system: You are a helpful assistant.
user:
Analyze the provided spectrum to determine if it is a **White Dwarf (WD)**.

A White Dwarf spectrum is defined by its **extreme purity** (due to gravitational settling) and/or **extreme pressure broadening** (due to high surface gravity). You must check for one of the following mutually exclusive signatures:

- **Key Visual Indicators (Check for ONE of these types):**

    - **1. DA-Type Signature (Most Common):**
        - **(Primary Feature):** Extreme pressure broadening (Stark broadening) of the **Hydrogen (H) Balmer lines**.
        - **(Key Lines):** $H\beta$ (approx. $4861$ Å) and $H\gamma$ (approx. $4340$ Å). $H\alpha$ (approx. $6563$ Å) will also be present if the wavelength range covers it.
        - **(Line Profile):** This is the **defining feature**. The lines are **NOT** sharp. They appear as massive, **extremely broad and deep "troughs" or "dips"** in the spectrum, often hundreds of Ångströms wide. The continuum will appear to "scoop" down at these wavelengths.
        - **(Distinction):** Normal A-type or B-type stars have *narrow* and *sharp* Hydrogen lines. A DA White Dwarf's lines are unmistakably "smeared" or "blurry" from pressure.

    - **2. DB-Type Signature:**
        - **(Primary Feature):** Broad absorption lines from **Neutral Helium (He I)**. The spectrum must lack any visible Hydrogen lines.
        - **(Key Lines):** Look for broad absorption near $4471$ Å, $4921$ Å, and $5876$ Å.
        - **(Line Profile):** These lines are also significantly pressure-broadened, appearing much wider than they would in a normal B-type main-sequence star.

    - **3. DC-Type Signature:**
        - **(Primary Feature):** A **featureless continuous spectrum**.
        - **(Line Profile):** The spectrum is a smooth curve with **no significant absorption or emission lines**.
        - **(Key Confirmation):** The continuum is almost always **blue or white**, indicating a hot object. This signature implies the atmosphere is so pure (or so cool) that no spectral lines are visible in the optical range. Its WD identity is confirmed by its extremely low intrinsic brightness (high absolute magnitude).

    - **4. DZ-Type Signature (Metal-Polluted):**
        - **(Primary Feature):** **Isolated, narrow metal absorption lines** on an otherwise featureless (DC-like) continuum.
        - **(Key Lines):** The **Calcium (Ca II) H & K doublet** (approx. **$3934$ Å** and **$3968$ Å**) is the most common and defining feature.
        - **(Line Profile):** These lines are "out of place." They are *not* part of a "forest" of thousands of lines. This signature is evidence of recent *accretion* (pollution) from rocky debris.
        - **(Distinction):** Normal G/K/M stars have a *dense forest* of thousands of metal lines. A DZ has a *clean* continuum with *only a few* strong metal lines.

    - **5. DQ-Type Signature (Carbon-Polluted):**
        - **(Primary Feature):** Absorption bands from **Carbon (C₂ "Swan Bands" or atomic C I)**.
        - **(Key Lines - C₂):** Look for bandheads with a "saw-tooth" shape near $5635$ Å, **$5165$ Å** (strongest), and $4737$ Å.
        - **(Key Confirmation):** The underlying **continuum must be blue or white** (hot).
        - **(Distinction):** This is the critical difference from a **Carbon Star**, which has the *exact same* C₂ bands but on an extremely **red, cool** continuum.

- **(Overall Spectrum):**
    - The continuum (overall shape) is typically **blue-sloping** (brighter in the blue than the red), as most white dwarfs are very hot.
    - The spectrum will look "pure" or "simple," dominated by only *one* of the five signatures listed above.

Think first, call **spectral_visualization_tool** if needed to examine features in detail, then provide your final answer. Your response must adhere to the following strict rules:
1.  **Overall Structure:** Your response must follow the format `<think>...</think> <tool_call>...</tool_call> (if a tool is used) <answer>...</answer>`.
2.  **Tool Usage Constraint:** You may only make **one** tool call per turn.
3.  **Final Answer Format:** In the `<answer>` tag, your conclusion must be inside a `\boxed{}` command (e.g., `\boxed{YES}` or `\boxed{NO}`), followed by your justification.

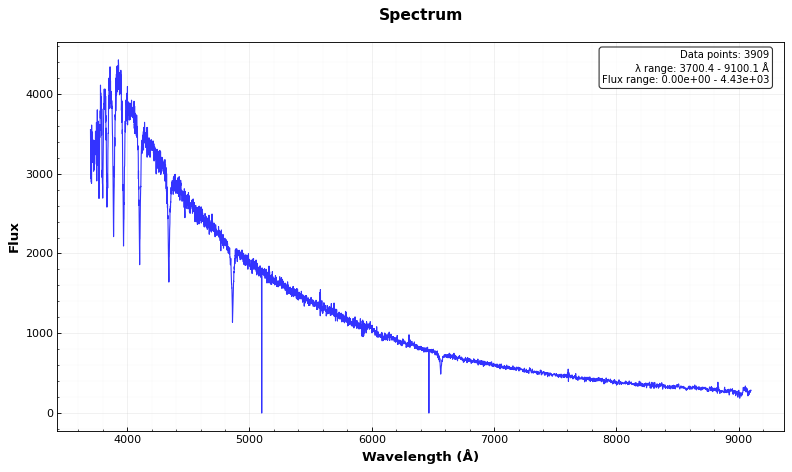
Answer: YES